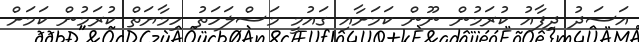
އަސަދު ދިފާއު ކުރަމުން ނޫން ކަމަށާއި ގައުމީ މަސްލަހަތު ހިމާޔަތް ކުރަމުން ކަމަށް